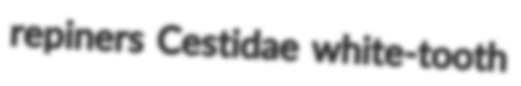
repiners Cestidae white-tooth